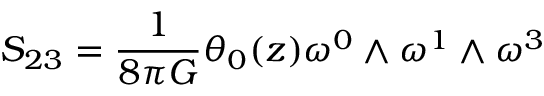
S _ { 2 3 } = \frac { 1 } { 8 { \pi } G } { \theta } _ { 0 } ( z ) { \omega } ^ { 0 } \wedge { \omega } ^ { 1 } \wedge { \omega } ^ { 3 }